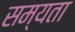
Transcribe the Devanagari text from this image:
सम्यता